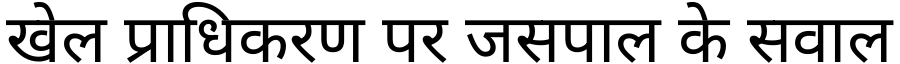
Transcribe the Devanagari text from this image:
खेल प्राधिकरण पर जसपाल के सवाल